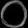
Digit: ၀